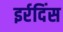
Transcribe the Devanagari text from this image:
इर्रदिंस